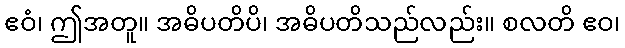
ဧဝံ၊ ဤအတူ။ အဓိပတိပိ၊ အဓိပတိသည်လည်း။ စလတိ ဧဝ၊